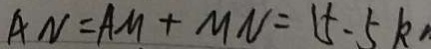
A N = A M + M N = 1 5 . 5 k